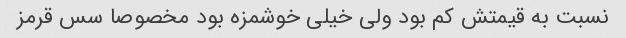
نسبت به قیمتش کم بود ولی خیلی خوشمزه بود مخصوصا سس قرمز